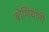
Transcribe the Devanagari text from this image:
बोशियोनी